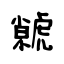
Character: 虩